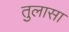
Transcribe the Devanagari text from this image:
तुलासा